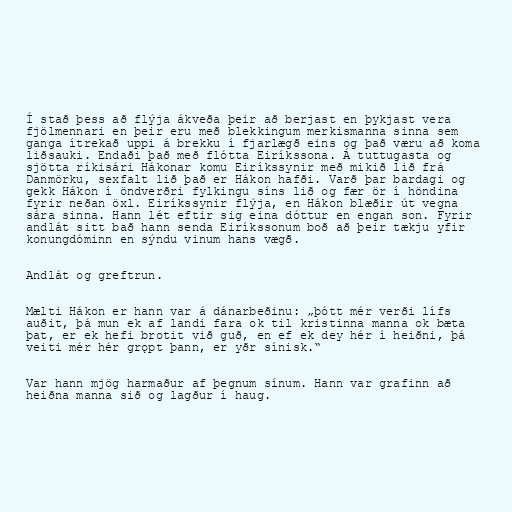
Í stað þess að flýja ákveða þeir að berjast en þykjast vera
fjölmennari en þeir eru með blekkingum merkismanna sinna sem
ganga ítrekað uppi á brekku í fjarlægð eins og það væru að koma
liðsauki. Endaði það með flótta Eiríkssona. Á tuttugasta og
sjötta ríkisári Hákonar komu Eiríkssynir með mikið lið frá
Danmörku, sexfalt lið það er Hákon hafði. Varð þar bardagi og
gekk Hákon í öndverðri fylkingu síns lið og fær ör í höndina
fyrir neðan öxl. Eiríkssynir flýja, en Hákon blæðir út vegna
sára sinna. Hann lét eftir sig eina dóttur en engan son. Fyrir
andlát sitt bað hann senda Eiríkssonum boð að þeir tækju yfir
konungdóminn en sýndu vinum hans vægð.

Andlát og greftrun.

Mælti Hákon er hann var á dánarbeðinu: „þótt mér verði lífs
auðit, þá mun ek af landi fara ok til kristinna manna ok bæta
þat, er ek hefi brotit við guð, en ef ek dey hér í heiðni, þá
veiti mér hér grǫpt þann, er yðr sínisk.“

Var hann mjög harmaður af þegnum sínum. Hann var grafinn að
heiðna manna sið og lagður í haug.